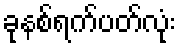
ခုနစ်ရက်ပတ်လုံး